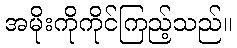
အမိုးကိုကိုင်ကြည့်သည်။